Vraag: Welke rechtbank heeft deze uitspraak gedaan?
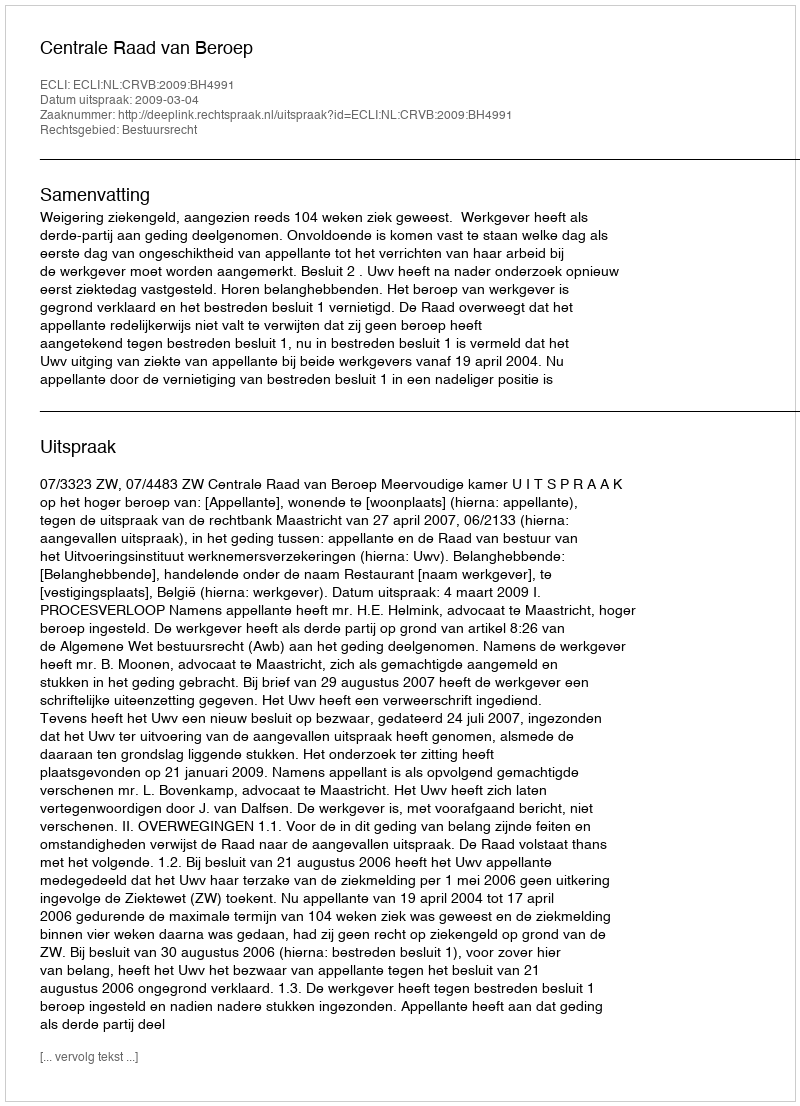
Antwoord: Centrale Raad van Beroep